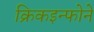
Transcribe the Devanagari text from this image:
क्रिकइन्फोने